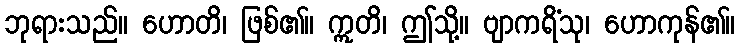
ဘုရားသည်။ ဟောတိ၊ ဖြစ်၏။ ဣတိ၊ ဤသို့။ ဗျာကရိံသု၊ ဟောကုန်၏။